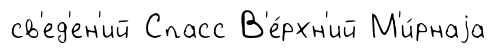
св'ед'ен'ий Спасс В'е́рхн'ий М'и́рнаjа